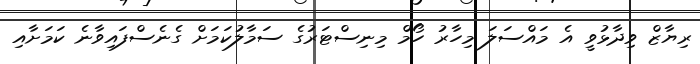
ރިޔާާޒް ވިދާޅުވީ އެ މައްސަލަ މިހާރު ހޯމް މިނިސްޓަރުގެ ސަމާލުކަމަށް ގެނެސްފައިވާނެ ކަމަށާއި